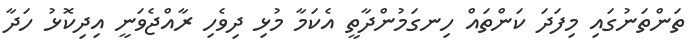
ތަންތަނުގައި މިފަދަ ކަންތައް ހިނގަމުންދާތީ އެކަމާ މުޅި ދިވެހި ރާއްޖެވަނީ އިދިކޮޅު ހަދާ